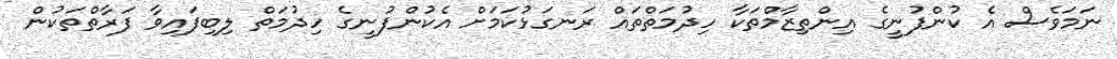
ނަމަވެސް އެ ކުންފުނީގެ އިންތިޒާމްތަކާ ހިދުމަތްތައް ރަނގަޅުކަމަށް އެކުންފުނީގެ ހިދުމަތް ލިބިފައިވާ ފަރާތްތަކުން